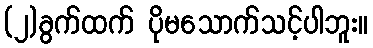
(၂)ခွက်ထက် ပိုမသောက်သင့်ပါဘူး။